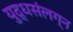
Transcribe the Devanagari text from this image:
युद्धसंलग्न